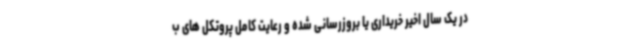
در یک سال اخیر خریداری یا بروزرسانی شده و رعایت کامل پروتکل های ب